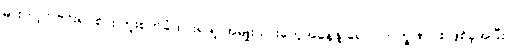
မားဘာ့ဂ် ဗိုင်းရပ်စ်ပိုး ကူးစက်ခံထားရသူ အမျိုးသားတွေအနေနဲ့ ရောဂါလက္ခဏာ စဖြစ်ခဲ့အပြီး